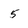
Character: 5